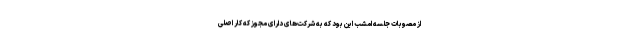
از مصوبات جلسه امشب این بود که به شرکت‌های دارای مجوز که کار اصلی